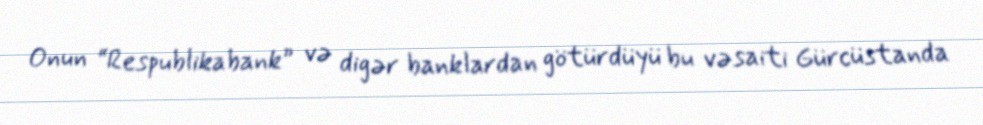
Onun “Respublikabank” və digər banklardan götürdüyü bu vəsaiti Gürcüstanda